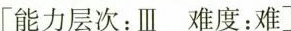
[能力层次：Ⅲ难度：难]